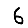
Digit: 6